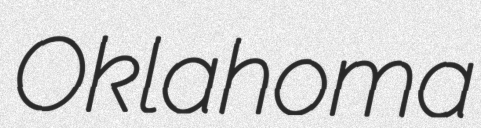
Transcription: Oklahoma